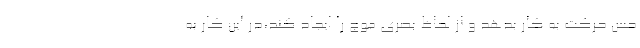
حس حرکت به کار بدهد و از لحاظ بصری موج را ایجاد کند،در این کار به